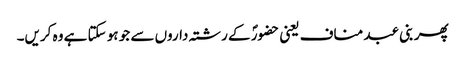
پھر بنی عبد مناف یعنی حضورؐ کے رشتہ داروں سے جو ہو سکتا ہے وہ کریں۔